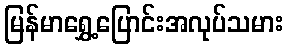
မြန်မာရွှေ့ပြောင်းအလုပ်သမား